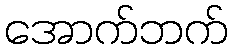
အောက်ဘက်